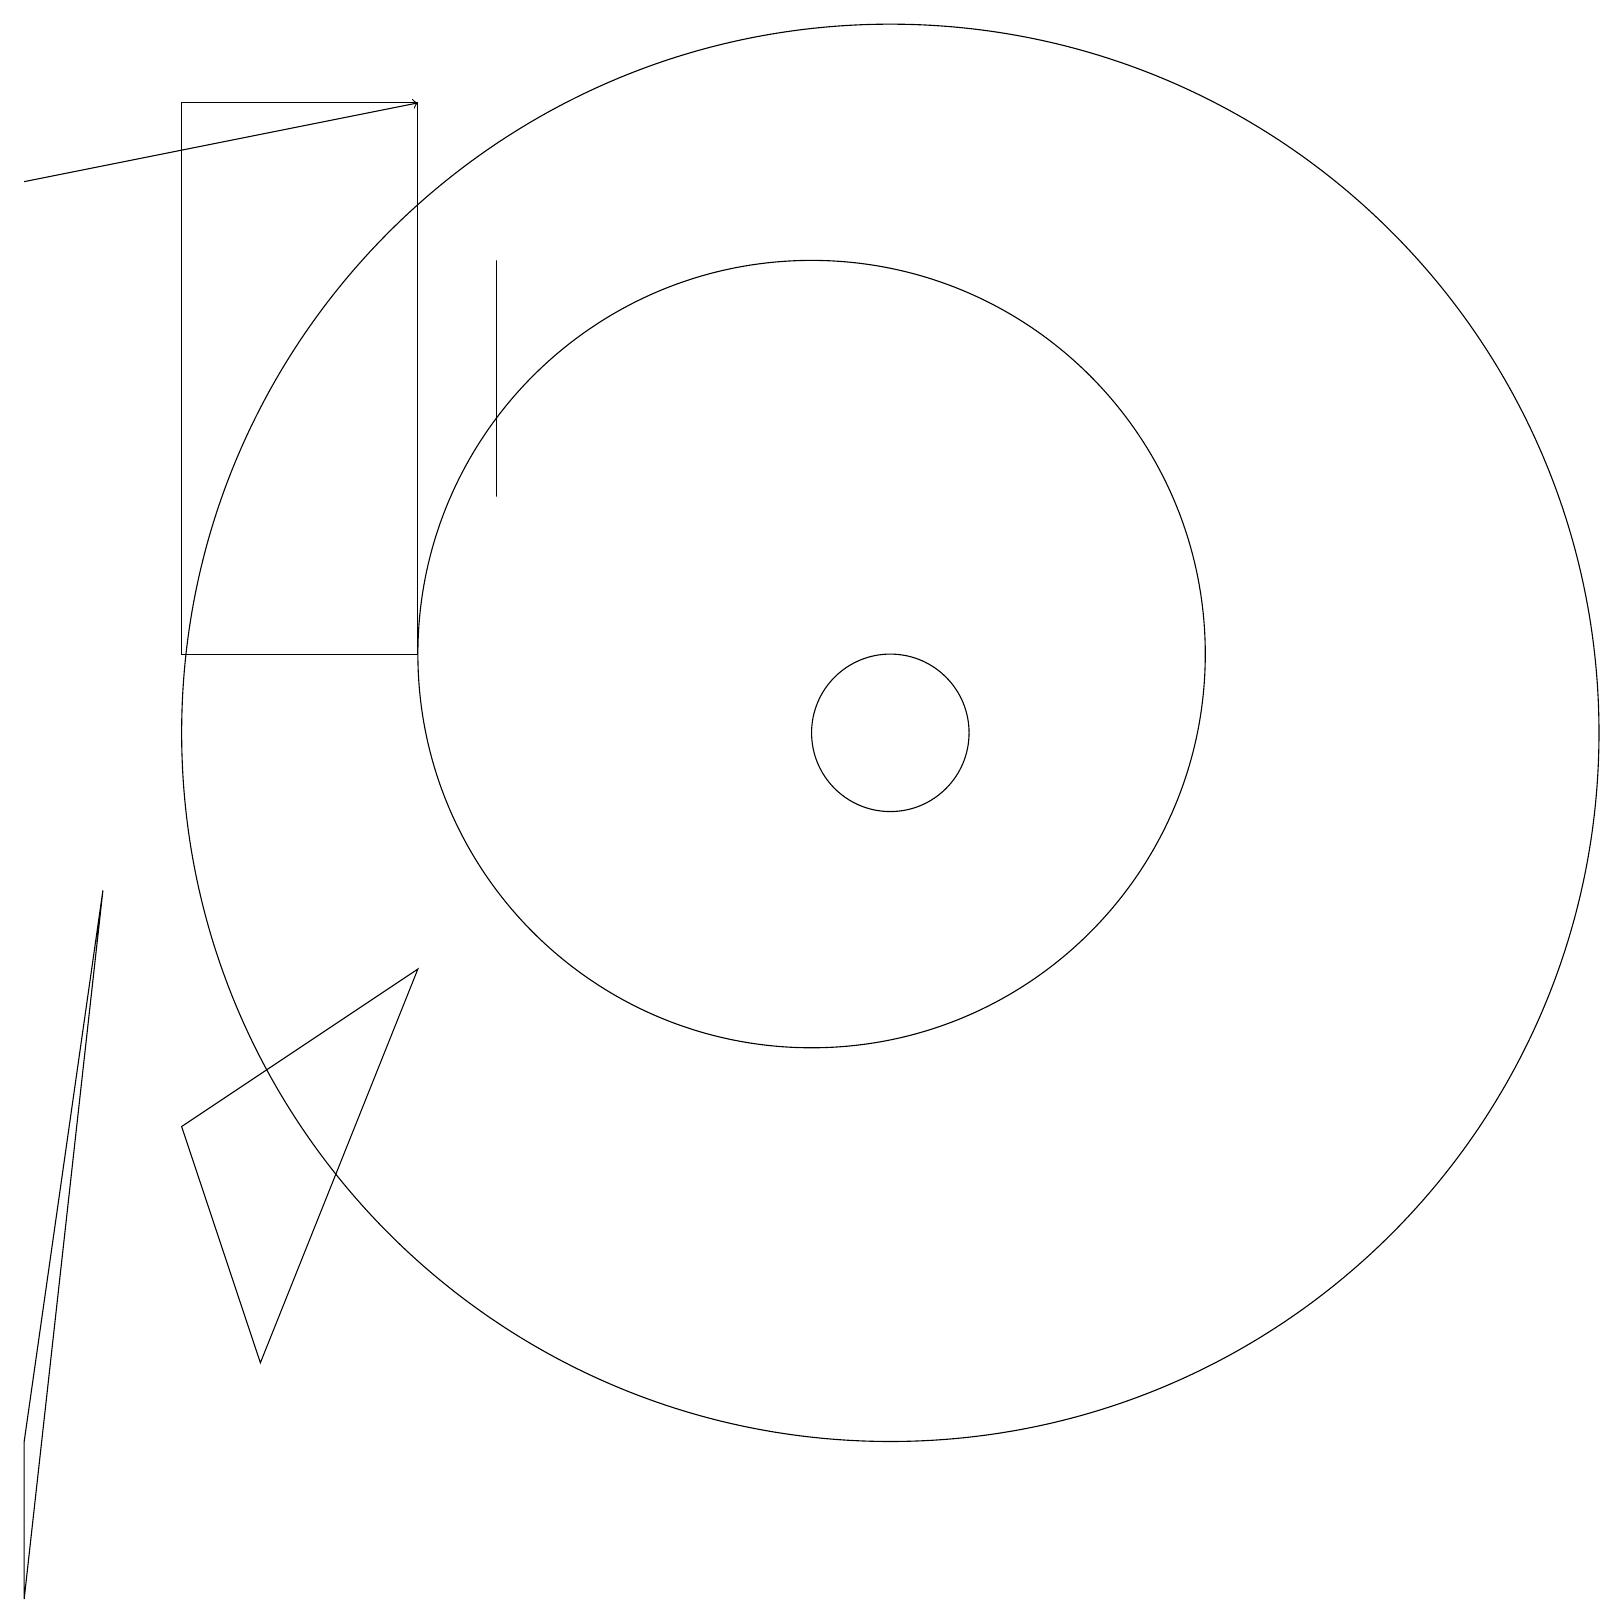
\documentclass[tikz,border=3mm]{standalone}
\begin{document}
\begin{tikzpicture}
\draw[->] (0,18) -- (5,19);
\draw (6,14) rectangle (6,17);
\draw (5,19) rectangle (2,12);
\draw (5,8) -- (3,3) -- (2,6) -- cycle;
\draw (11,11) circle (9);
\draw (10,12) circle (5);
\draw (11,11) circle (1);
\draw (1,9) -- (0,0) -- (0,2) -- cycle;
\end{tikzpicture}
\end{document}